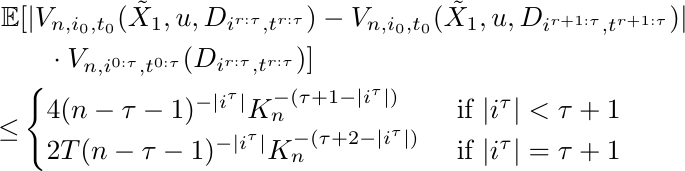
\begin{align*}
	\mathbb{E}&[ |V_{n,i_0, t_0}(\tilde{X}_1,u,D_{i^{r:\tau},t^{r:\tau}})-V_{n,i_0, t_0}(\tilde{X}_1,u,D_{i^{r+1:\tau},t^{r+1:\tau}})|\\
	&\quad\cdot V_{n,i^{0:\tau}, t^{0:\tau}}(D_{i^{r:\tau},t^{r:\tau}})]\\
	\leq&
	\begin{cases}
		4(n-\tau-1)^{-|i^{\tau}|}K^{-(\tau+1-|i^{\tau}|)}_n & \text{ if } |i^\tau|<\tau+1\\
		2T(n-\tau-1)^{-|i^{\tau}|}K^{-(\tau+2-|i^{\tau}|)}_n &\text{ if } |i^\tau|=\tau+1
	\end{cases}
\end{align*}